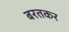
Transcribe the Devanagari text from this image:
बरतकर